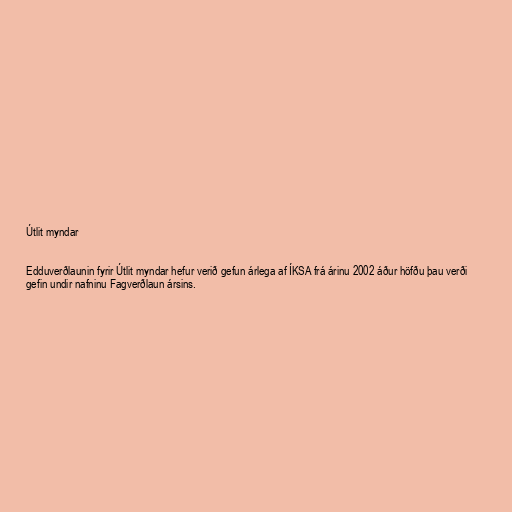
Útlit myndar

Edduverðlaunin fyrir Útlit myndar hefur verið gefun árlega af ÍKSA frá árinu 2002 áður höfðu þau verði
gefin undir nafninu Fagverðlaun ársins.